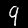
Digit: 9